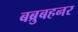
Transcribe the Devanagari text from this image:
बब्रुबहनर